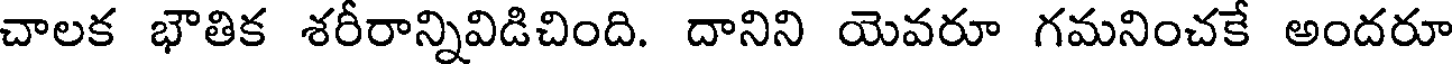
చాలక భౌతిక శరీరాన్నివిడిచింది. దానిని యెవరూ గమనించకే అందరూ